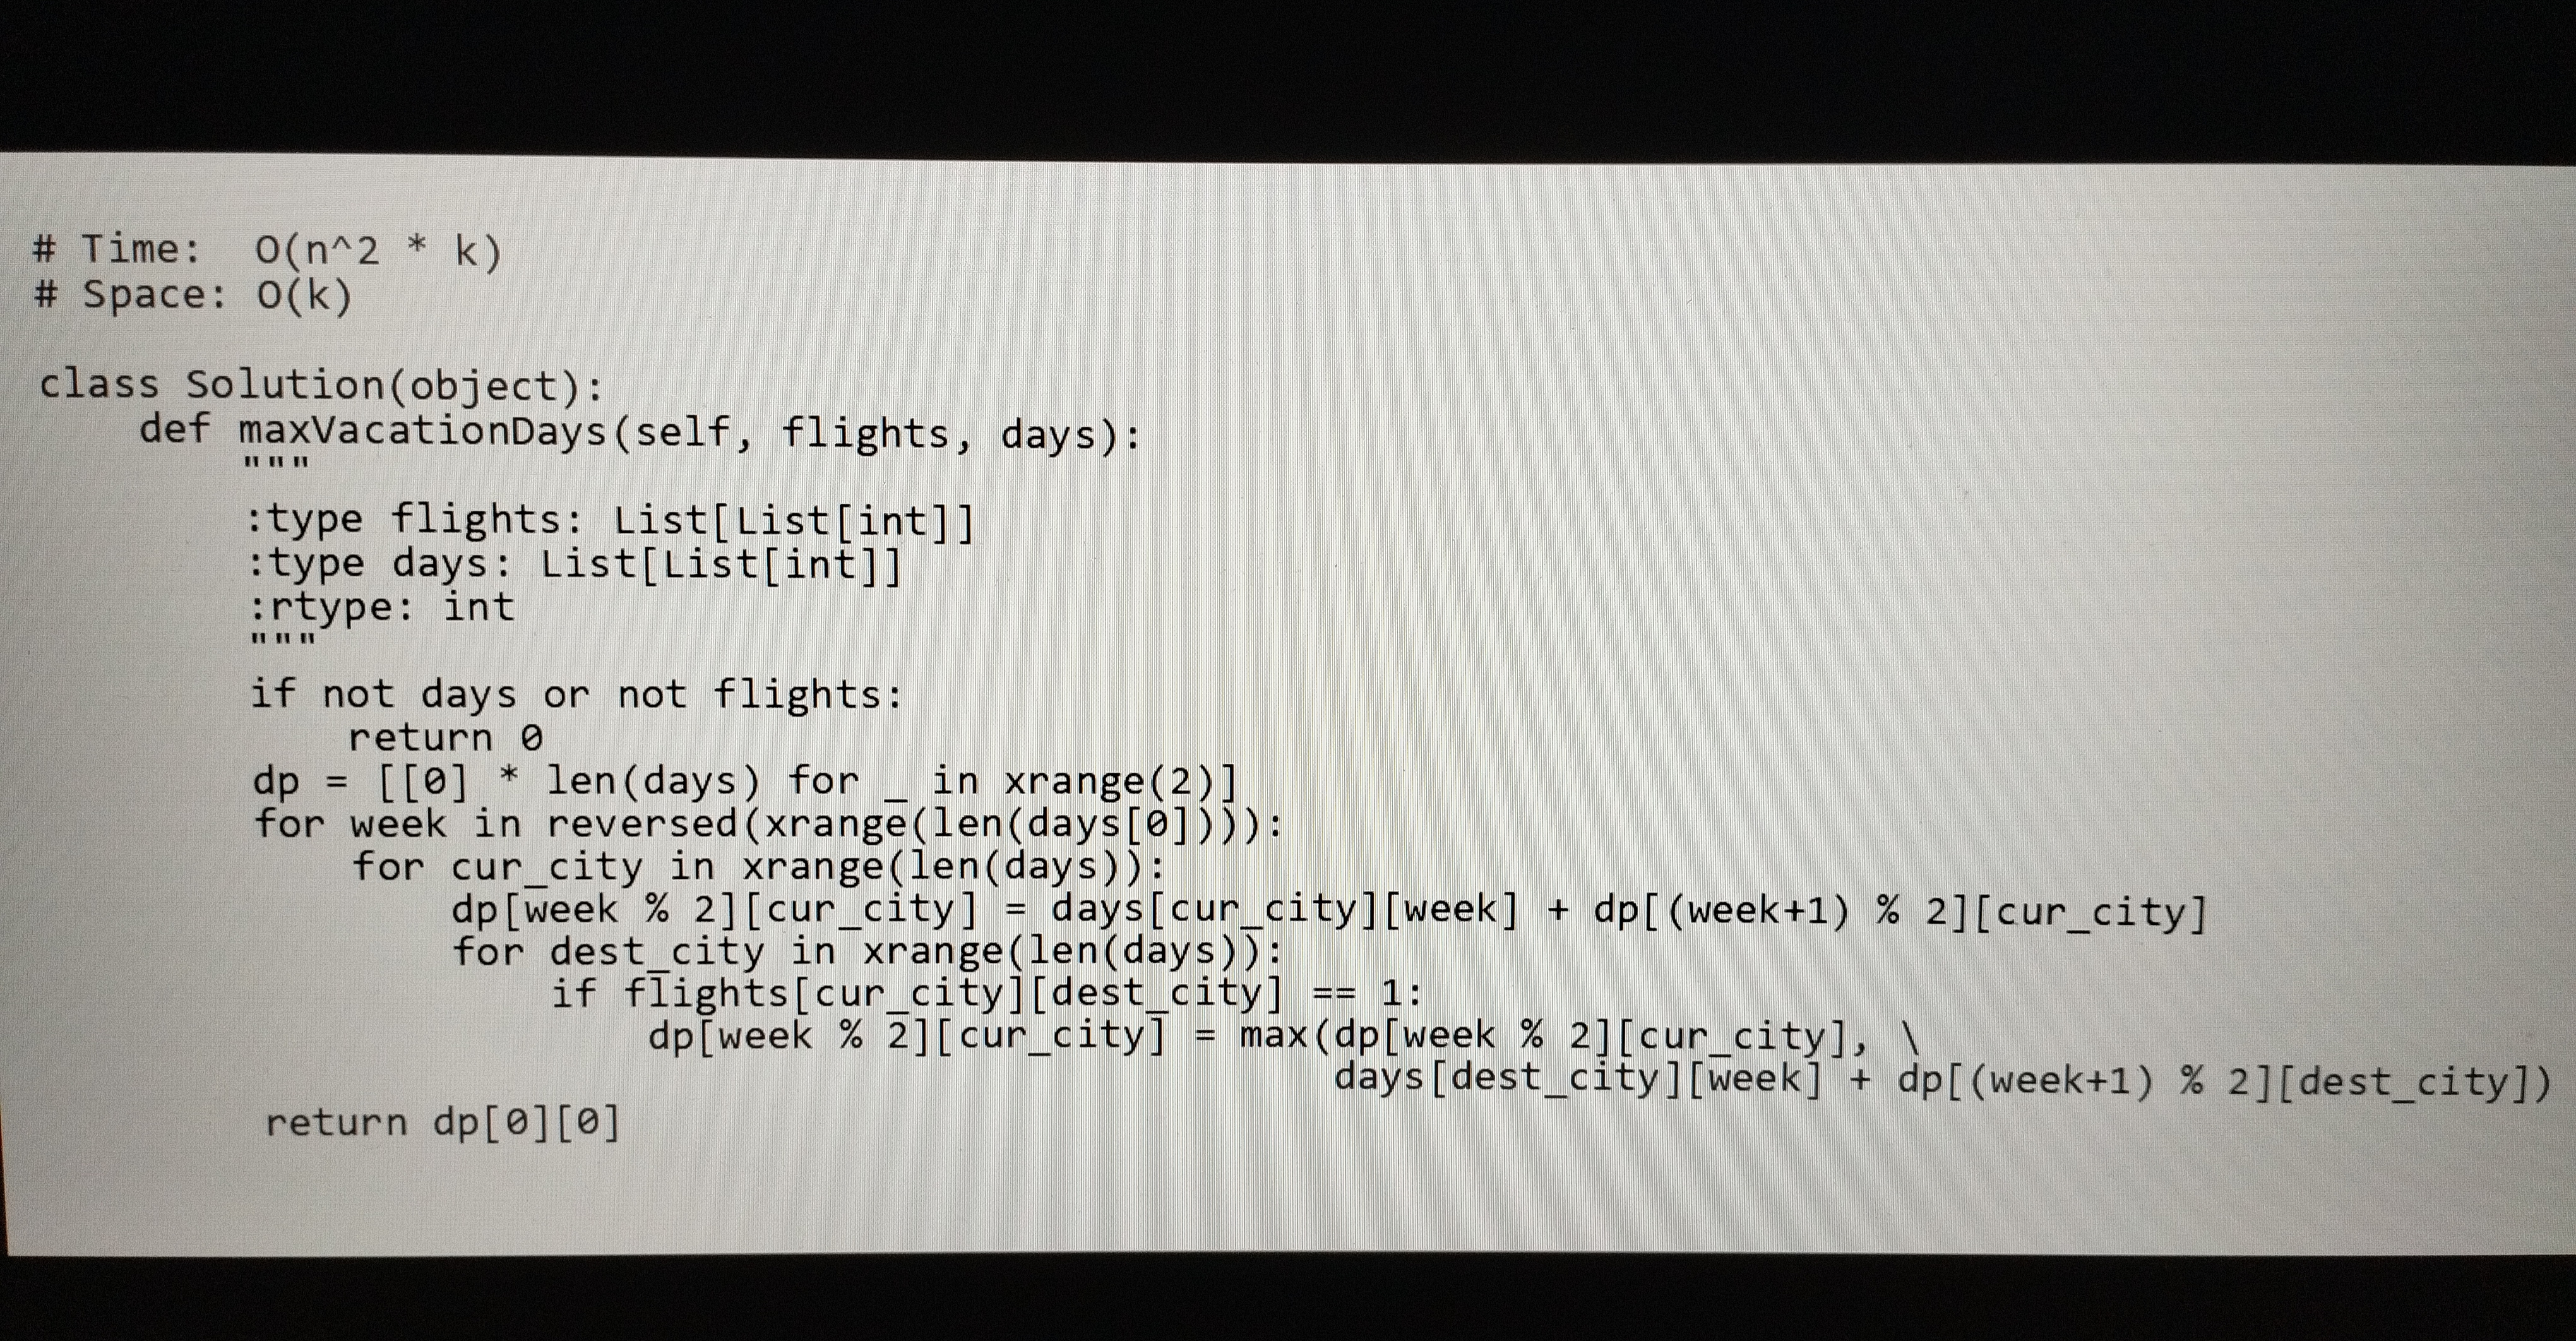
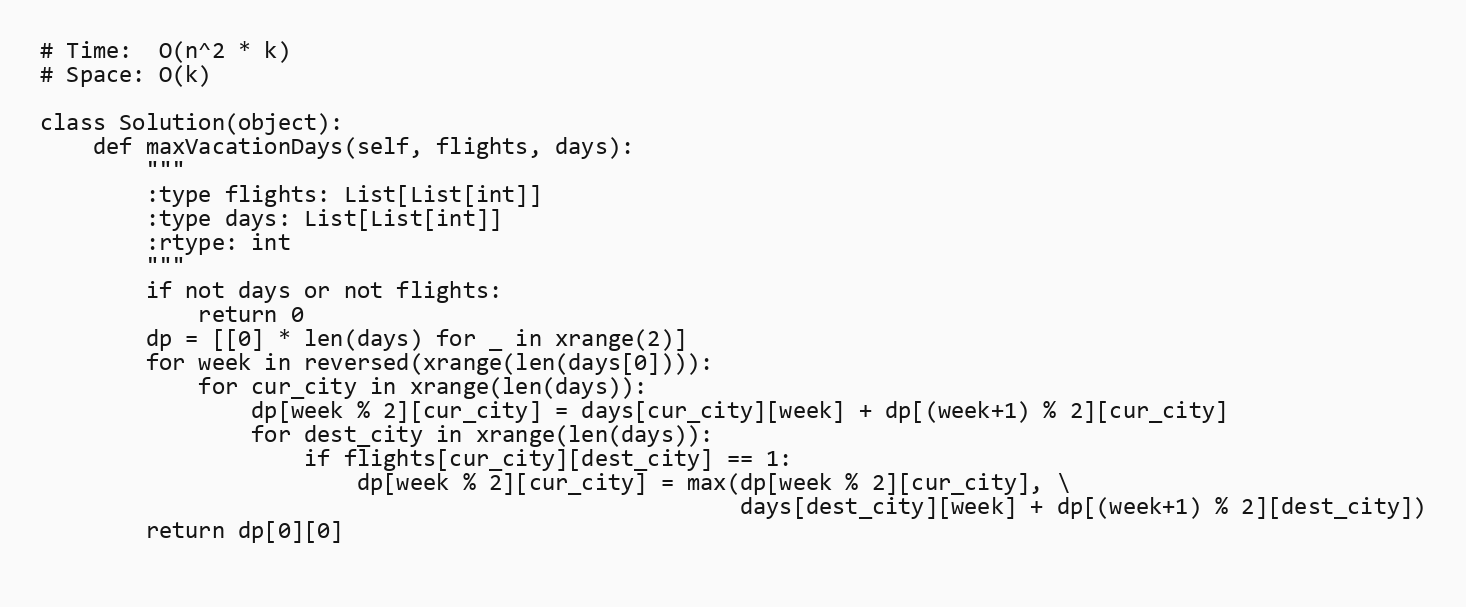
# Time:  O(n^2 * k)
# Space: O(k)

class Solution(object):
    def maxVacationDays(self, flights, days):
        """
        :type flights: List[List[int]]
        :type days: List[List[int]]
        :rtype: int
        """
        if not days or not flights:
            return 0
        dp = [[0] * len(days) for _ in xrange(2)]
        for week in reversed(xrange(len(days[0]))):
            for cur_city in xrange(len(days)):
                dp[week % 2][cur_city] = days[cur_city][week] + dp[(week+1) % 2][cur_city]
                for dest_city in xrange(len(days)):
                    if flights[cur_city][dest_city] == 1:
                        dp[week % 2][cur_city] = max(dp[week % 2][cur_city], \
                                                     days[dest_city][week] + dp[(week+1) % 2][dest_city])
        return dp[0][0]